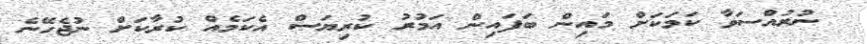
ނުރުއްސަވާ ކަމަކަށް މައިން ބަފައިން އަމުރު ކުރިޔަސް އެކަމެއް ކުރާކަށް ނުޖެހޭނެ